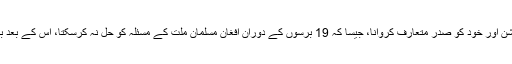
جارحیت کےزیرسایہ الیکشن اور خود کو صدر متعارف کروانا، جیسا کہ 19 برسوں کے دوران افغان مسلمان ملت کے مسئلہ کو حل نہ کرسکتا، اس کے بعد بھی اسے حل نہیں کرسکتا۔